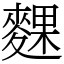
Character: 䴹